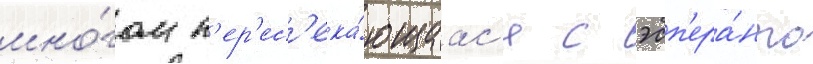
мно́гом п'ер'ес'ека́ющаас'я с эсп'ера́нто